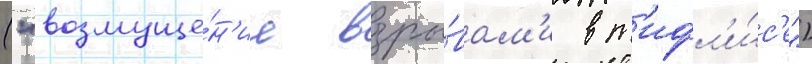
("возмуще́н'ие взры́вам'и в т'ифл'и́с'е")